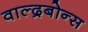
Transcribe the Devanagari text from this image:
वाल्द्रबोन्स